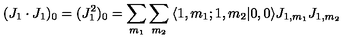
( J _ { 1 } \cdot J _ { 1 } ) _ { 0 } = ( J _ { 1 } ^ { 2 } ) _ { 0 } = \sum _ { m _ { 1 } } \sum _ { m _ { 2 } } \: \langle 1 , m _ { 1 } ; 1 , m _ { 2 } | 0 , 0 \rangle J _ { 1 , m _ { 1 } } J _ { 1 , m _ { 2 } }